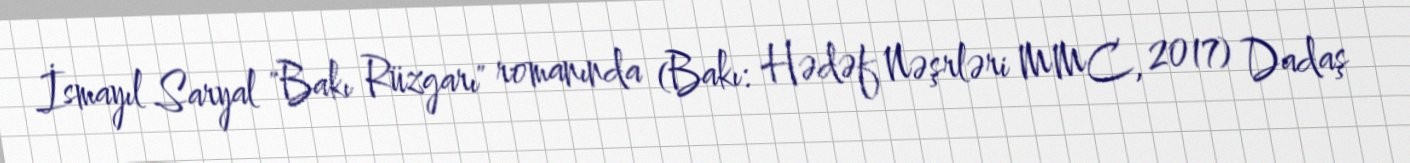
İsmayıl Saryal "Bakı Rüzgarı" romanında (Bakı: Hədəf Nəşrləri MMC, 2017) Dadaş